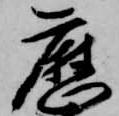
歴